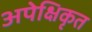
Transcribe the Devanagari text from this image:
अपेक्षिकृत